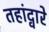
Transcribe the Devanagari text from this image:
तहांद्वारे